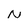
Character: N